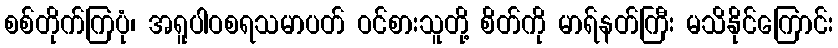
စစ်တိုက်ကြပုံ၊ အရူပါဝစရသမာပတ် ဝင်စားသူတို့ စိတ်ကို မာရ်နတ်ကြီး မသိနိုင်ကြောင်း